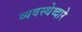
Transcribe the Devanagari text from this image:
व्यवस्थेव्दारे